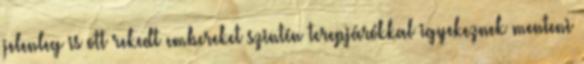
jelenleg is ott rekedt embereket szintén terepjárókkal igyekeznek menteni